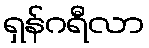
ရှန်ဂရီလာ